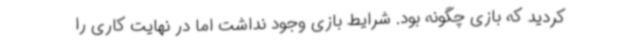
کردید که بازی چگونه بود. شرایط بازی وجود نداشت اما در نهایت کاری را